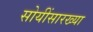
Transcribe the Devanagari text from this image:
सोयींसारख्या